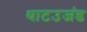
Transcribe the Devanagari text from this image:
थाटउजंड